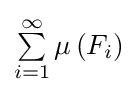
\textstyle \sum \limits _{i=1}^{\infty }\mu \left(F_{i}\right)